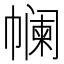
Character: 𰏟